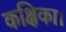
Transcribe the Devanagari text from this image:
कक्षिका।